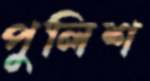
পুলিশ